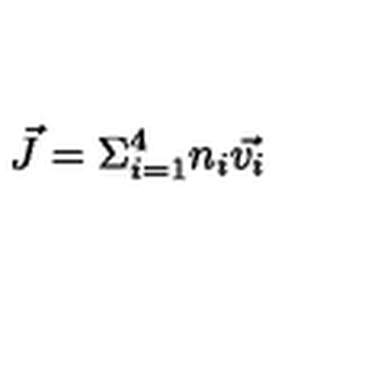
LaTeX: \vec { J } = \Sigma _ { i = 1 } ^ { 4 } n _ { i } \vec { v _ { i } }